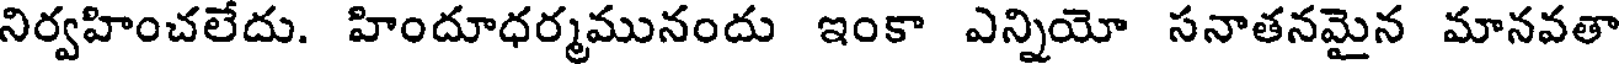
నిర్వహించలేదు. హిందూధర్మమునందు ఇంకా ఎన్నియో సనాతనమైన మానవతా